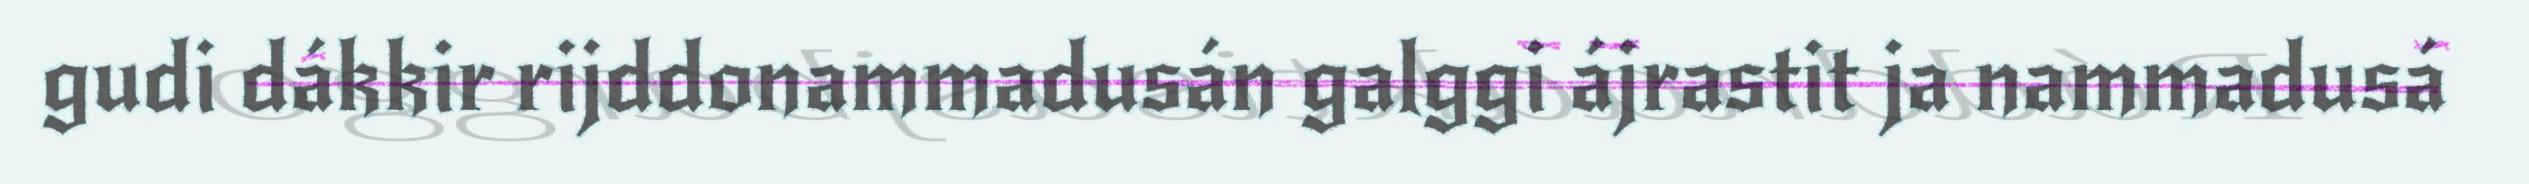
gudi dákkir rijddonammadusán galggi ájrastit ja nammadusá